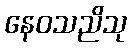
နေဝသညိသု